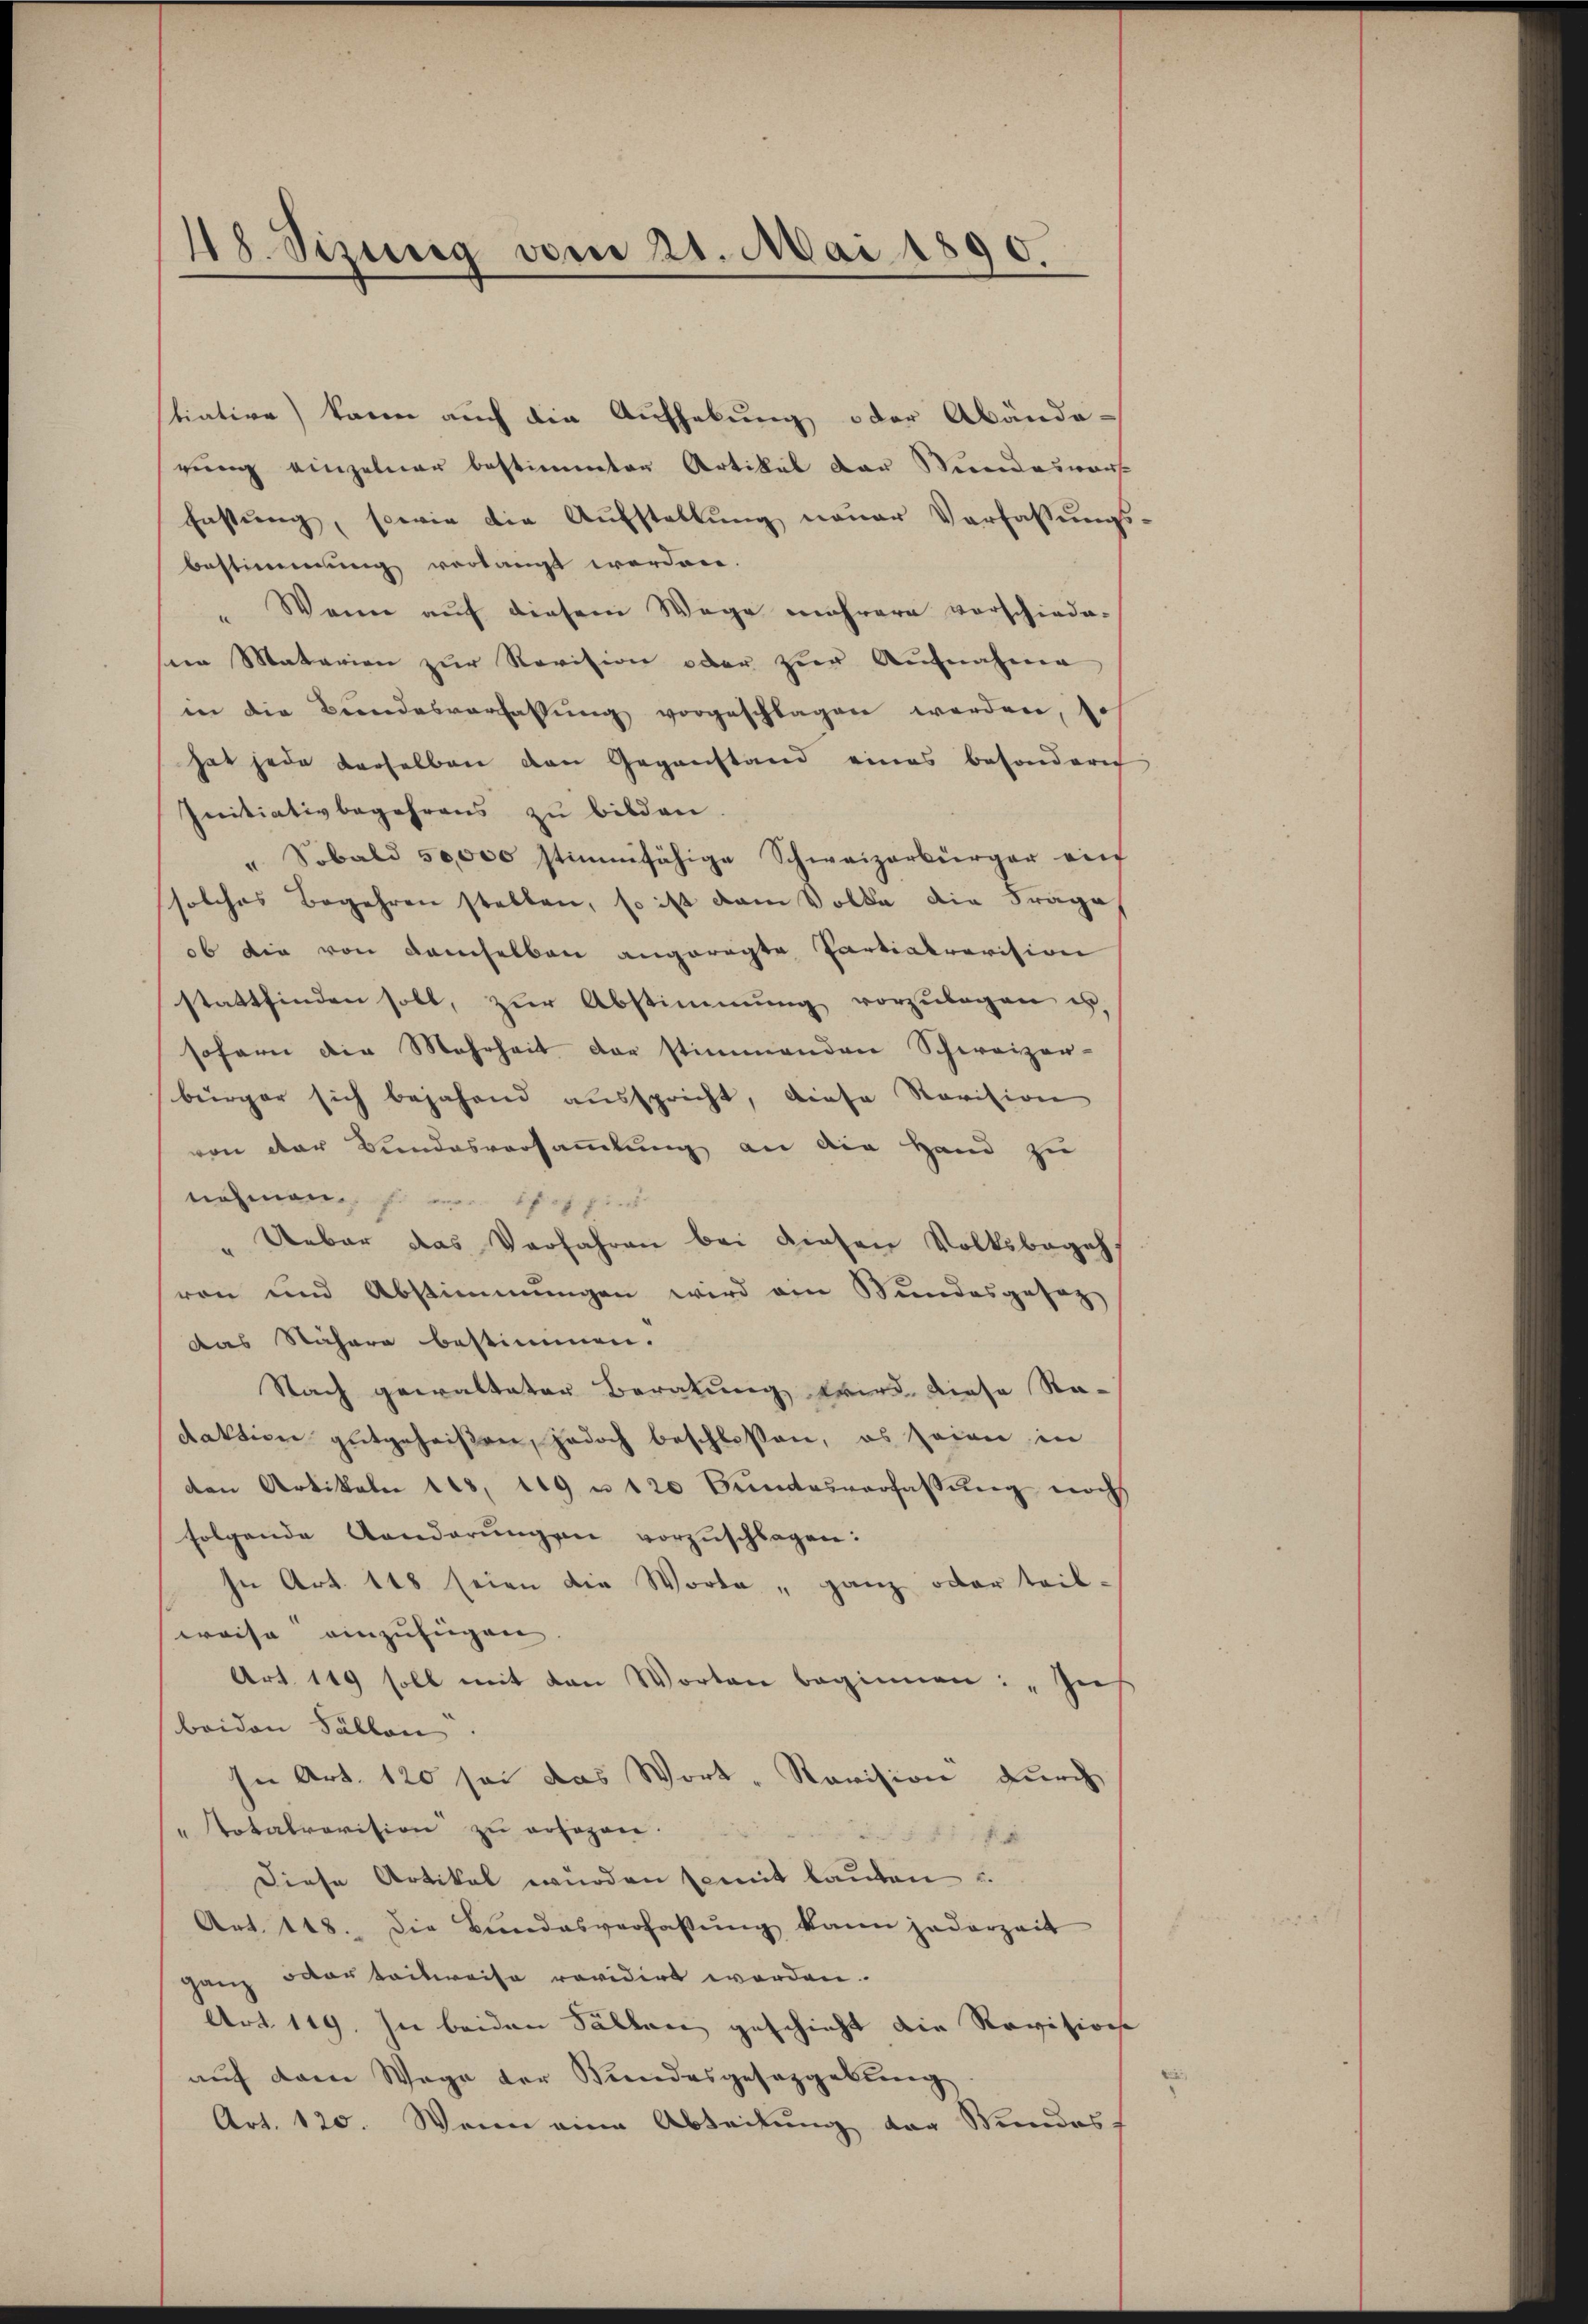
48. Sizung vom 21. Mai 1890.

tiative) kann auch die Aufhebung oder Abände-
rung einzelner bestimmten Artikel der Stundesvors
Fnstung, sowie die Aufstellung neuer Verfassung
Bestimmung verlangt worden.
" Wenn auf diesem Wege mehrere vorschiede-
seen Materien zŭr Revision oder zŭr Aŭfnahme
in die Bundesverfassŭng vorgeschlagen werden, so
hat jede derselben den Gegenstand eines besonderer
Initiativbegehrens zu bilden
" Sobald 50,000 stimmfähige Schweizerbürger vie
solches Begehren stellen, so ist dem Volke die Frage
ob die von demselben angeregte Partiakrovision
stattfinden soll, zŭr Abstimmung vorzŭlegen u
sofern die Mehrheit der stimmenden Schweizer-
bürger sich bejahend ausspricht, diese Revision
von der Bundesversammlung an die Hand zu
nohmen s
Ueber das Verfahren bei diesen Volksbegeh
ren und Abstimmungen wird am Bundesgesez
Das Nähere bestimmen.
Nach gewalteter Beratung wird diese Ra-
daktion gutgeheißen, jedoch beschlossen, es seien in
den Artikeln 118. 119 u 120 Bundesverfassŭng noch
folgende Aenderŭngen vorzuschlagen:
/ In Art. 148 seien die Worte „ganz oder teil-
weise einzufügen
Art. 119 soll mit den Worten beginnen: „Ins
beiden Fällen.
In Art. 120 sei das Wort-Revision durch
"Totalrevision zu erhagen.
f 1.
Diese Artikel wurden semit lauten u.
Art. 148. Die Bundesverfassŭng kann jederzeit
ganz oder teilweise revidirt worden.
Art. 119. In beiden Fällen geschieht die Revisions-
auf dem Wege der Bundesgesetzgebung
Art. 120. Wenn eine Abteilung der Wundes

e